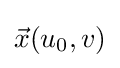
{\vec {x}}(u_{0},v)